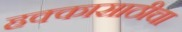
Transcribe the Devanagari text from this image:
हक्कासाठीचा